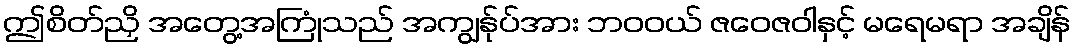
ဤစိတ်ညှိ အတွေ့အကြုံသည် အကျွန်ုပ်အား ဘဝဝယ် ဇဝေဇဝါနှင့် မရေမရာ အချိန်